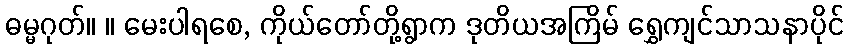
ဓမ္မဂုတ်။ ။ မေးပါရစေ, ကိုယ်တော်တို့ရွာက ဒုတိယအကြိမ် ရွှေကျင်သာသနာပိုင်